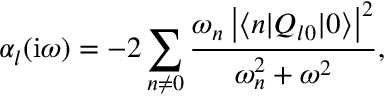
\alpha _ { l } ( \mathrm { i } \omega ) = - 2 \sum _ { n \ne 0 } \frac { \omega _ { n } \left| \langle n | Q _ { l 0 } | 0 \rangle \right| ^ { 2 } } { \omega _ { n } ^ { 2 } + \omega ^ { 2 } } ,